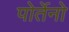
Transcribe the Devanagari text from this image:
पोर्तेनो